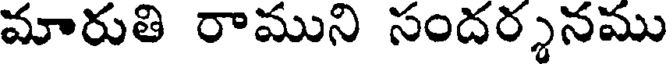
మారుతి రాముని సందర్శనము